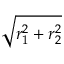
\sqrt { r _ { 1 } ^ { 2 } + r _ { 2 } ^ { 2 } }